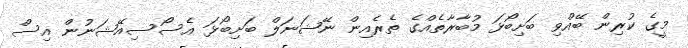
މީގެ ކުރިން ބޭއްވި ބަށިބޯޅަ މުބާރާތެއްގެ ތެރެއިން ނޭޝަނަލް ބަށިބޯޅަ އެސޯސިއޭޝަނުން އިސް